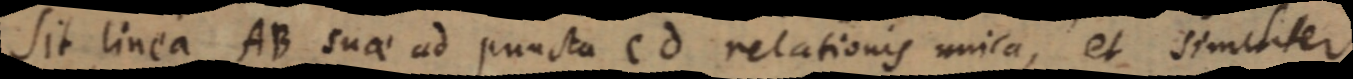
Sit linea AB suae ad puncta cd relationis unica, et similiter